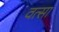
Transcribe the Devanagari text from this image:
वत्सा